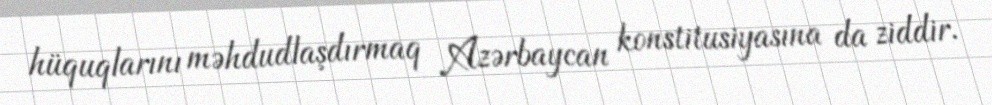
hüquqlarını məhdudlaşdırmaq Azərbaycan konstitusiyasına da ziddir.